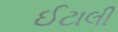
ઈટાલી